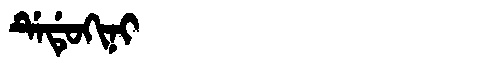
Manchu: ᡩᡝᡩᡠᡴᡳᠨᡳ
Romanization: DEDUKINI